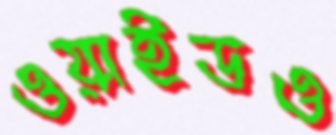
ওয়াইডও